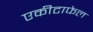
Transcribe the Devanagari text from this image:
एकीटाफेल